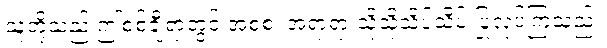
သူတို့သည် ဤစစ်ချီရာတွင် အစစ၊ အရာရာ သိုသိုသိပ်သိပ် ပြုလုပ်ကြသည်။